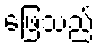
ဖြေသည်